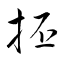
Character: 抷